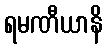
ရမဏီယာနိ